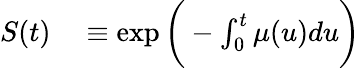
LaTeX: \begin{array}{rl}{S(t)}&{{}\equiv\exp{\bigg(-\int_{0}^{t}\mu(u)du\bigg)}}\end{array}